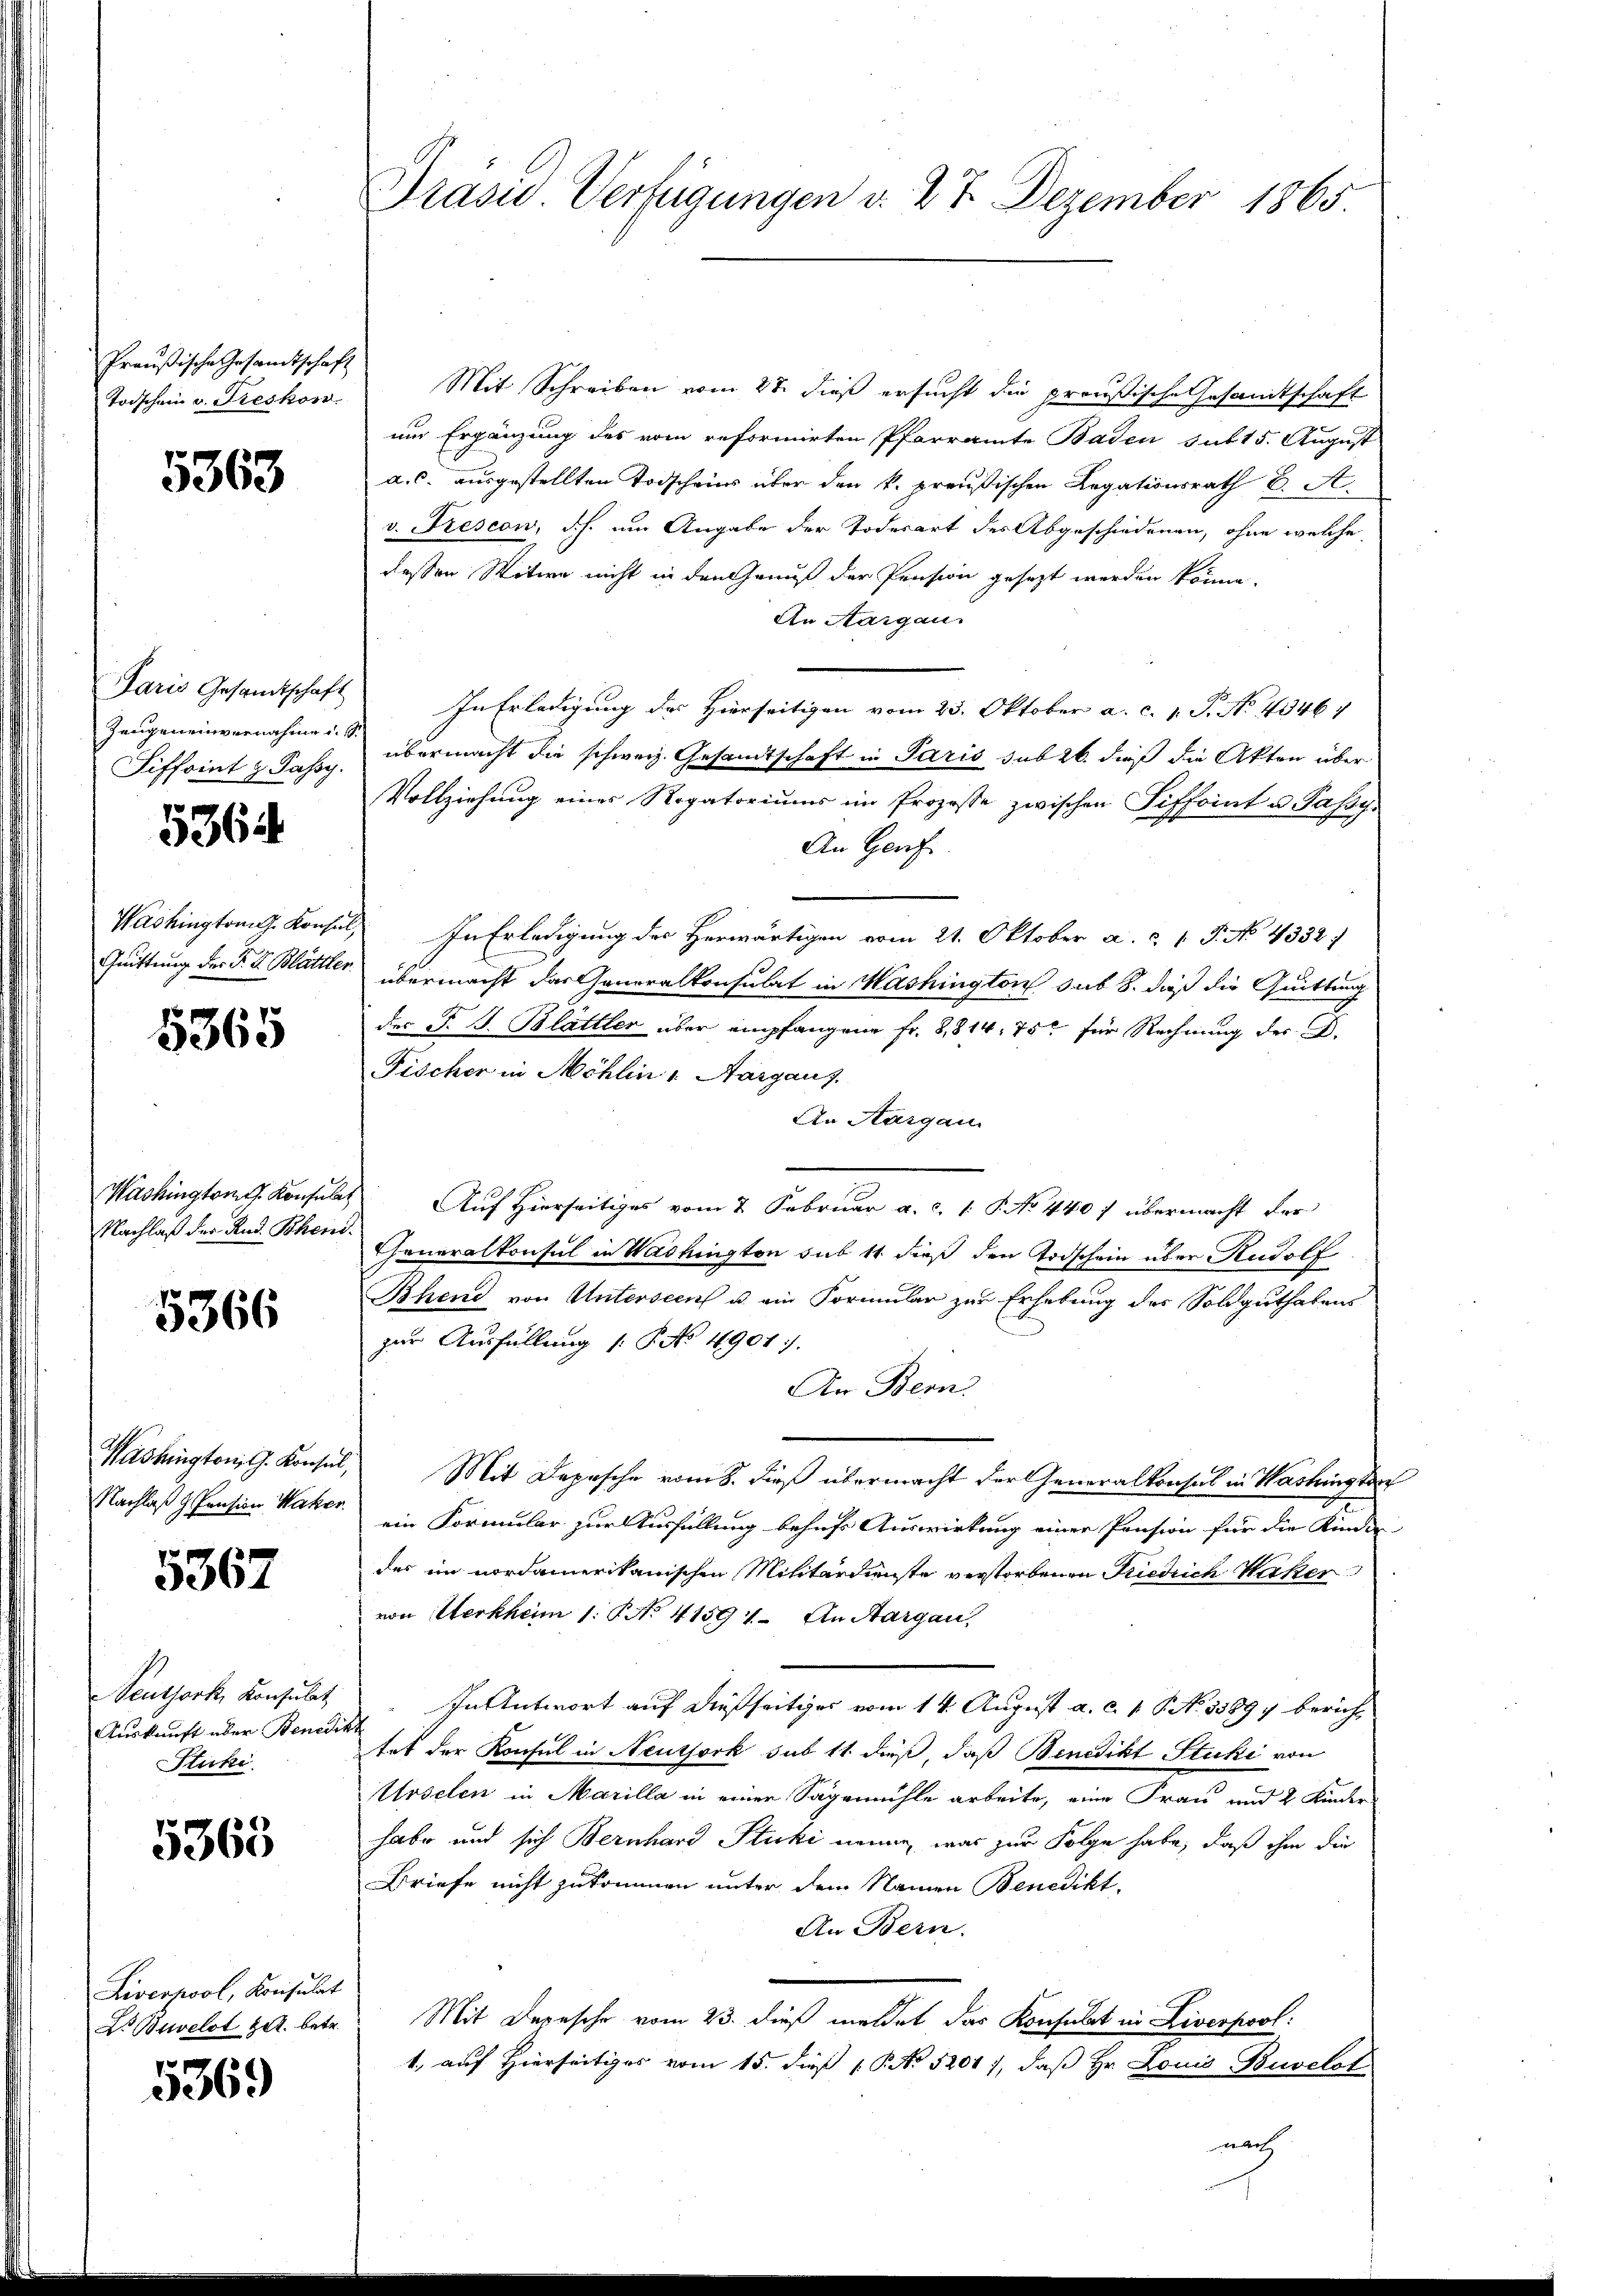
Todschein v. Freskon

5363

Paris Gesandtschaft
Zeugeneinvernahme u. s.
Siffoint z. Passy.

5364

5365

Nachlaß der Rud. Schen¬

5366

Washington, G. Konsul,
Nachlaß Pension Water.

5367

Seuthork, Konsulat
Auskunft über Benedie
Stucki

5363

Livernool, Konsulat
Dr. Buvelot z. betr.

5369

Präsid. Verfügungen v. 27 Dezember 1865.

Preußische Gesandtschaft Mit Schreiben vom 27. dieß ersucht die preußische Gesandtschaft
um Ergänzung des vom reformirten Pfarramte Baden sub 15. August
a. c. ausgestellten Todscheins über den k. preußischen Legationsrath C. A
v. Prescon, d.h. um Angabe der Todesart des Abgeschiedenen, ohne welche
dessen Witwe nicht in den Genuß der Pension gesezt werden könne.
An Aargau.
In Erledigung des Hierseitigen vom 23. Oktober a. c. 1. P. No. 4346
übermacht die schweiz. Gesandtschaft in Paris sub 26. dieß die Akten über
Vollziehung eines Rogatoriums im Prozesse zwischen Siffoint u. Passy-
An Genf
Washington Konsul In Erledigung des Herwärtigen vom 21. Oktober a. c. 1 P. No. 4332 f
Quittung der F. V. Blättler übermacht das Generalkonsulat in Washington sub b. daß die Quittung
der P. J. Blättler über empfangene Fr. 8,814, 75 für Rechnung der B.
Fischer in Möhlin " Aargaus.
An Aargau
Washington Konsuls Auf Hierseitiges vom 2. Februar a. c. 1 S. No 440 f übermacht der
Generalkonsul in Washington sub 11 dieß den Todschein über Rudolf
Bhend von Unterseen u. ein Formular zur Erhebung des Soldguthabens
zur Ausfüllung (: P. No 1901.
An Bern
Mit Depesche vom 8. dieß übermacht der Generalkonsul in Washingten
ein Formular zur Ausfüllung behufs Auswirkung einer Pension für die Kinde
des im nordamerikanischen Militärdienste verstorbenen Friedrich Waker
von Herkheim 1. No. 41591. An Aargau,
In Antwort auf dießseitiges vom 14. August a. c. 1 S. No 15897 berich¬
.
tet der Konsul in Neuthork sub 11 dieß, daß Benedikt Stucki von
Urselen in Marilla in einer Sägemühle arbeite, eine Frau und 2 Kinder
habe und sich Bernhard Stucki nenne, was zur Folge habe, daß ihm die
Briefe nicht zukommen unter dem Namen Benedikt
An Bern.
Mit Depesche vom 23. dieß meldet das Konsulat in Liverpool:
1, auf Hierseitiges vom 15. dieß 1 S. 5201), daß Hr. Louis Buvelot